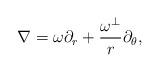
LaTeX: \begin{align*}\nabla=\omega\partial_r+\frac{\omega^\perp}{r}\partial_\theta,\end{align*}